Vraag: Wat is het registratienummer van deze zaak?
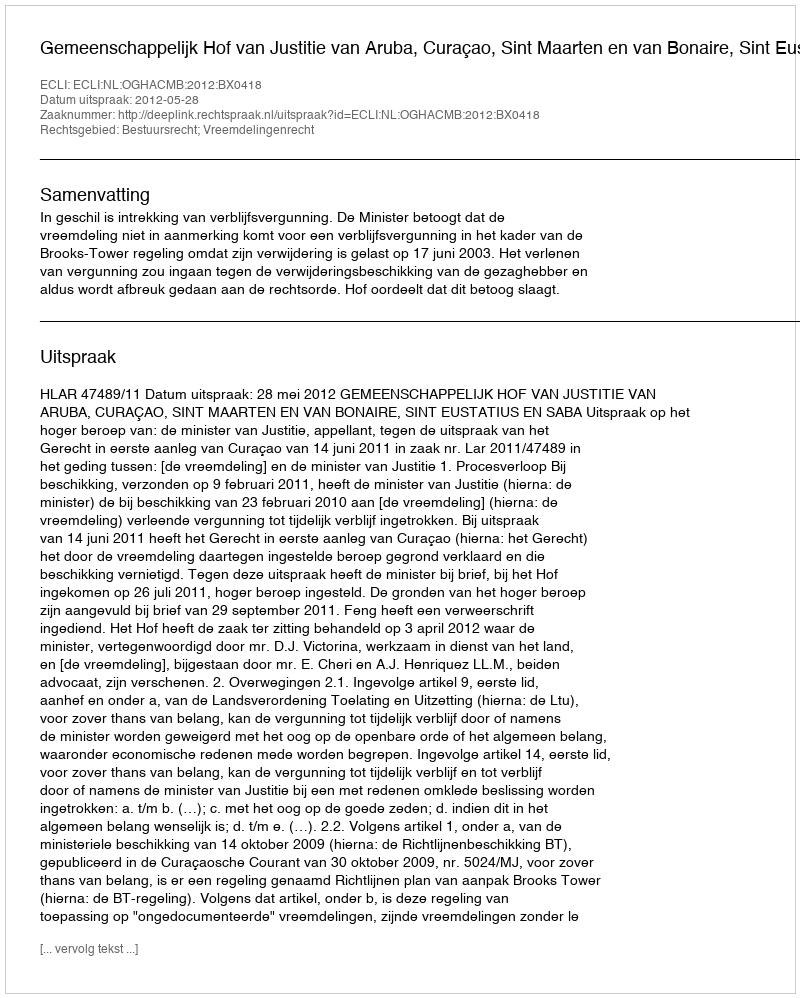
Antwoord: http://deeplink.rechtspraak.nl/uitspraak?id=ECLI:NL:OGHACMB:2012:BX0418